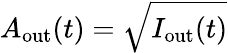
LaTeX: A_{\mathrm{out}}(t)=\sqrt{I_{\mathrm{out}}(t)}